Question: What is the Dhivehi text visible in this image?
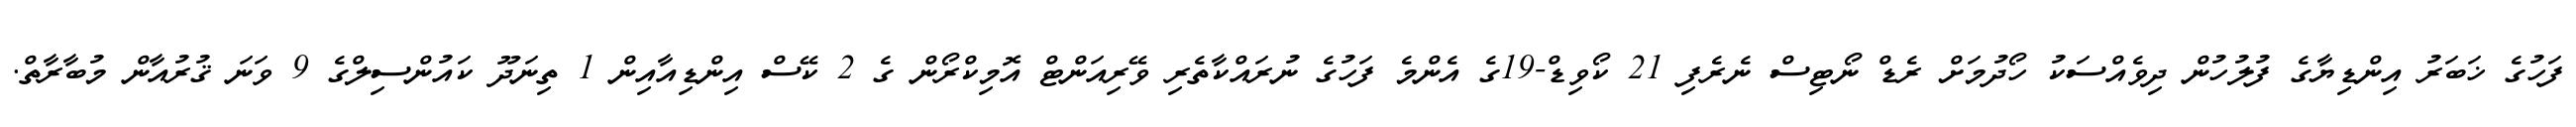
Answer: ފަހުގެ ޚަބަރު އިންޑިޔާގެ ފުލުހުން ދިވެއްސަކު ހޯދުމަށް ރެޑް ނޯޓިސް ނެރެފި 21 ކޯވިޑް-19ގެ އެންމެ ފަހުގެ ނުރައްކާތެރި ވޭރިއަންޓް އޮމިކްރޯން ގެ 2 ކޭސް އިންޑިއާއިން 1 ތިނަދޫ ކައުންސިލްގެ 9 ވަނަ ޤުރުއާން މުބާރާތް.